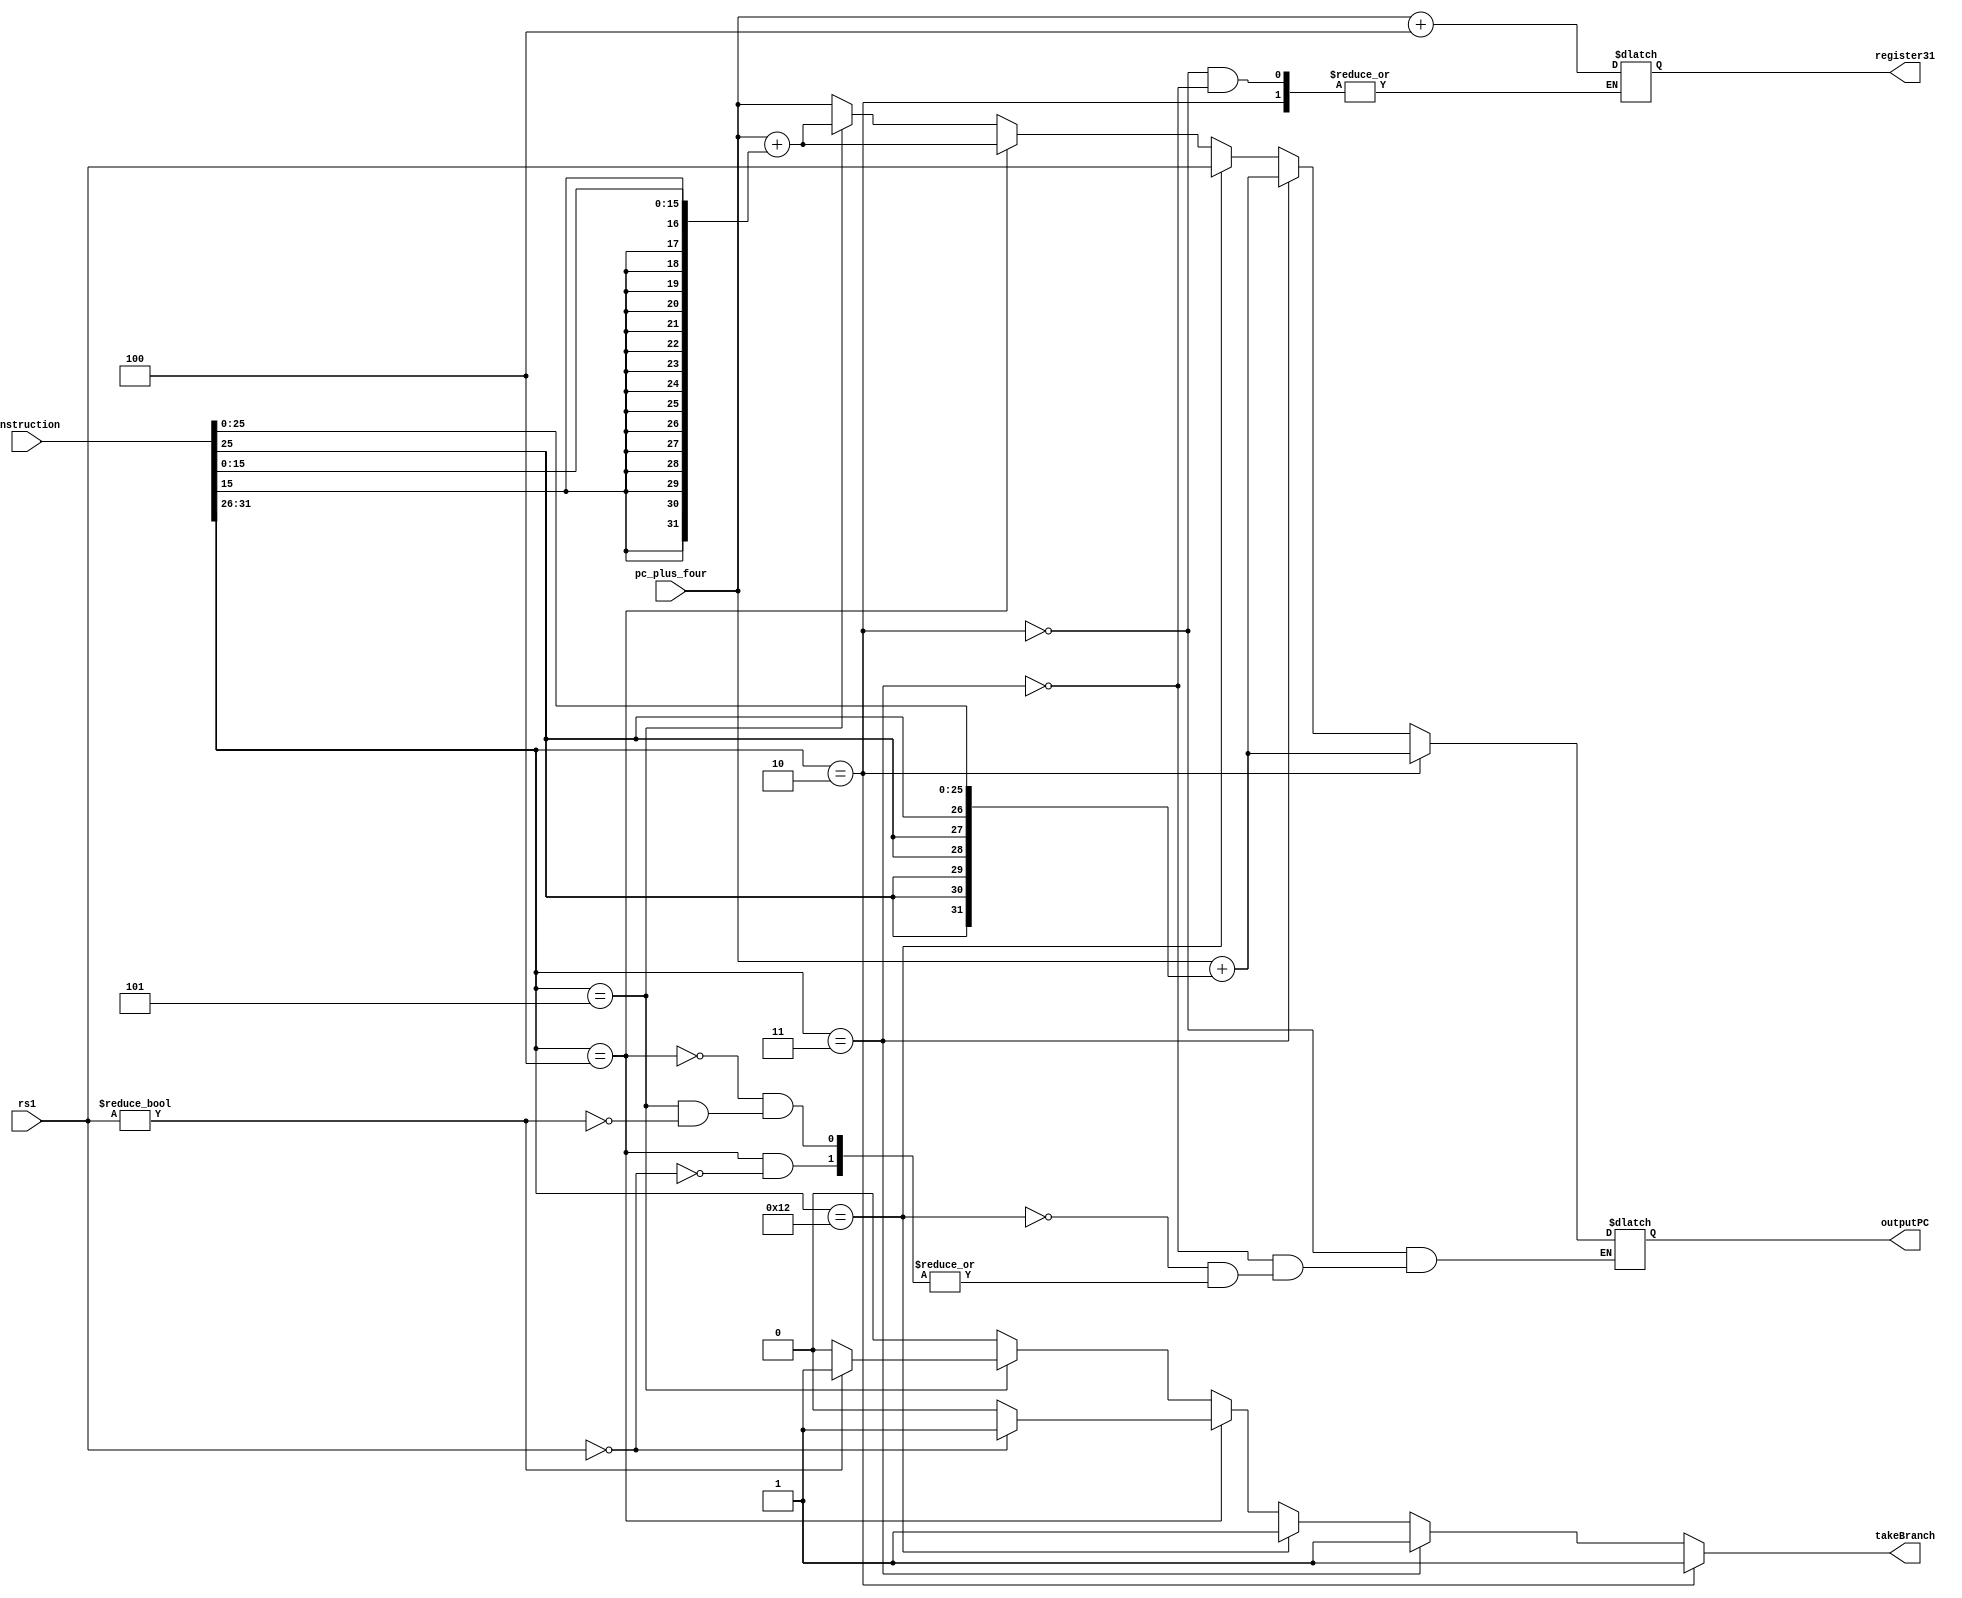
module JumpBranch(instruction, pc_plus_four, rs1, outputPC, takeBranch, register31);
	input [31:0] instruction;
	input [31:0] pc_plus_four;
        input [31:0] rs1;
   
	output reg [31:0] outputPC;
        output reg 	  takeBranch;
	output reg [31:0] register31;
   
	//j, jal (sign-extend lowest 26 bits and add to PC+4):
	//jr (PC=r1)
	//beqz, bnez (I-type instructions. Sign extend 16 bt name and add to PC+4)

	reg [31:0] newPC;

	wire [5:0] opcode = instruction[31:26];
	wire [4:0] rs = instruction[25:21];
	wire [4:0] rt = instruction[20:16];
	wire [15:0] immi = instruction[15:0];

	wire [25:0] name = instruction[25:0];

	wire [31:0] signExtendedName = { { 6 { name[25] } } , name[25:0] };
	wire [31:0] signExtendedImmediate = { { 16 { immi[15] } } , immi[15:0] };
	//reg [31:0] register31;


	reg writeSelect = 1'b0;

	// Not used, but necessary to read and toss data
	wire [31:0] nullRegisterRead;


   always @(instruction, pc_plus_four, rs1, outputPC, takeBranch, register31) begin
	if (opcode == 6'h02) begin //True for 'j' 
		//PC = PC + 4 + SignExtend(name);
		
		newPC <= pc_plus_four + signExtendedName;
	        takeBranch <= 1;
	end

	else if (opcode == 6'h3) begin //True for 'jal'
		//PC = PC + 4 + SignExtend(name);
		
		register31 <= pc_plus_four + 4;
		newPC <= pc_plus_four + signExtendedName;
		writeSelect <= 1'b1;
	        takeBranch <= 1;
	end

   
	else if (opcode == 6'h12) begin //True for 'jr'
		newPC <= rs1;
	        takeBranch <= 1;
	end


	else if (opcode == 6'h4) begin //True for beqz'
		
		if (rs1 == 0) begin
			newPC <= pc_plus_four + signExtendedImmediate;
		        takeBranch <= 1;
		end
		else begin
		   takeBranch <= 0;
		end
	end	   
	

	else if (opcode == 6'h05) begin //True for 'bnez'

		if (rs1 != 32'h00) begin
			newPC <= pc_plus_four + signExtendedImmediate;
		        takeBranch <= 1;
		end
	   	else begin
		   takeBranch <= 0;
		end

	end
	else begin
	   newPC <= pc_plus_four;
	   takeBranch <= 0;
	end

	//module RegisterFiles(clk, writenable, readsel1, readsel2, writesel, Din, Dout1, Dout2);
	//RegisterFiles reg_files(clk, 1'b1, 5'd31, 5'd0, writeSelect, register31, register_rs, null_register_read);

   end // always @ (instruction, pc_plus_four, rs1, outputPC, takeBranch, register31)
   always @ (newPC) begin
      outputPC <= newPC;
   end
endmodule